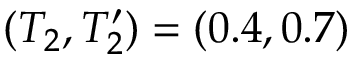
( T _ { 2 } , T _ { 2 } ^ { \prime } ) = ( 0 . 4 , 0 . 7 )